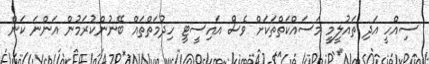
ސިއްހީ އަދި ތައުލީމީ މަސައްކަތްތަކަށް ވެސް އައިސީޓީ ހިދުމަތްތައް ބޭނުންކުރަމުން އަންނަ ކަން